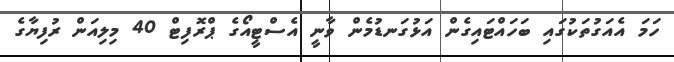
ހަމަ އެއަގުތަކުގައި ބަހައްޓައިގެން އަޅުގަނޑުމެން ވާނީ އެސްޓީއޯގެ ޕްރޮފިޓް 40 މިލިއަން ރުފިޔާގެ